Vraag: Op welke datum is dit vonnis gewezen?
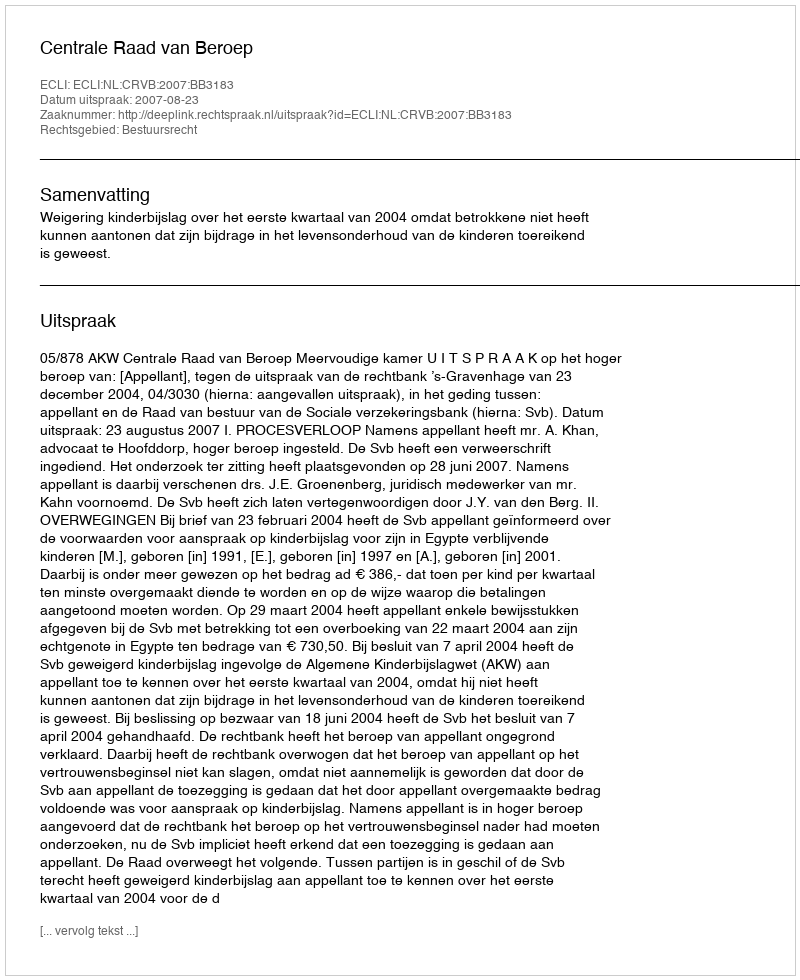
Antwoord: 2007-08-23